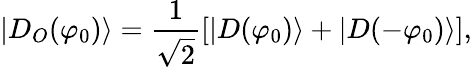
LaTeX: |D_{O}(\varphi_{0})\rangle=\frac{1}{\sqrt{2}}[|D(\varphi_{0})\rangle+|D(-\varphi_{0})\rangle],